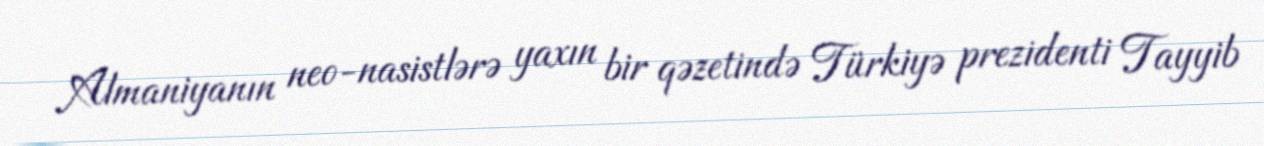
Almaniyanın neo-nasistlərə yaxın bir qəzetində Türkiyə prezidenti Tayyib